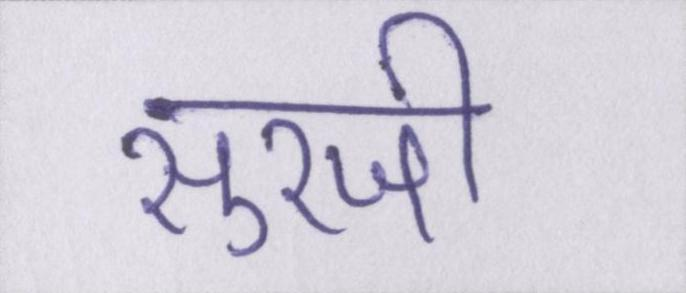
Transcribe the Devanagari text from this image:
सुरजी